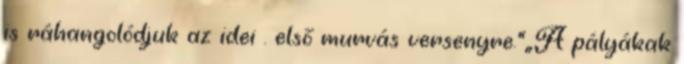
is ráhangolódjuk az idei . első murvás versenyre.”„A pályákak